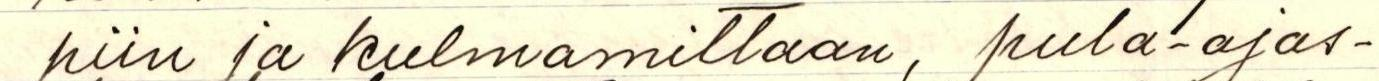
piin ja kulmamittaan, pula-ajas-